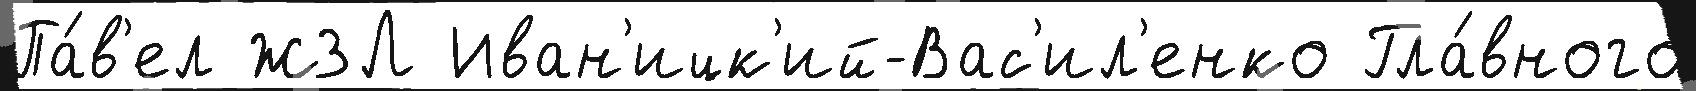
Па́в'ел ЖЗЛ Иван'ицк'ий-Вас'ил'енко Гла́вного